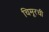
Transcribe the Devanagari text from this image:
चिमूरची